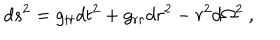
LaTeX: d s ^ { 2 } = g _ { t t } d t ^ { 2 } + g _ { r r } d r ^ { 2 } - r ^ { 2 } d \Omega ^ { 2 } \ ,